画像に写った文字を読んでください
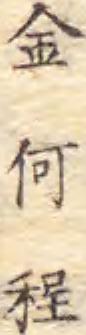
「金何程」と書いてあります